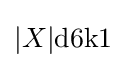
|X|{\text{d}}6{\text{k}}1